Civil Veterinary Department Bihar reports 1936-40 - 1936-1940
Year: 1936
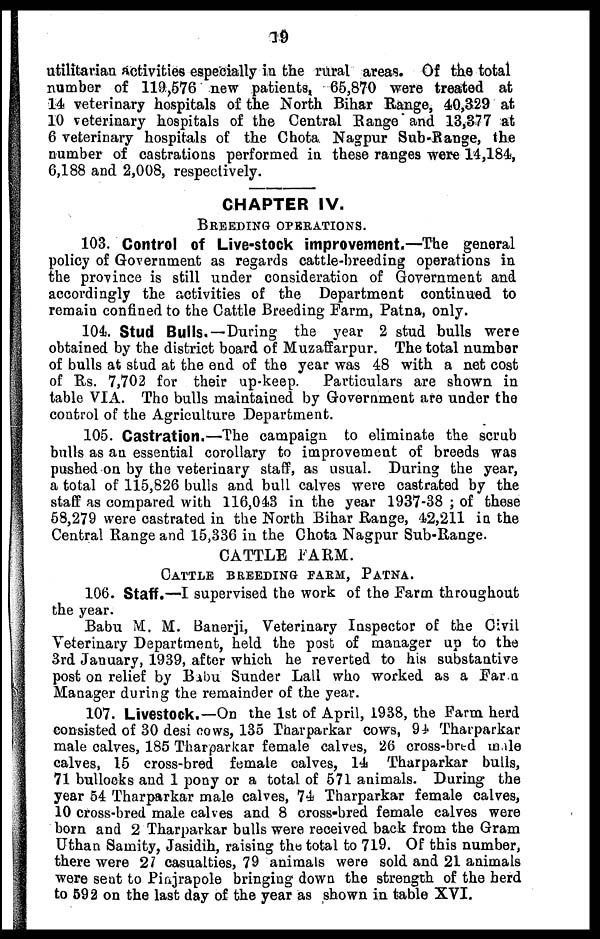
19
utilitarian activities especially in the rural areas. Of the total
number of 119,576 new patients, 65,870 were treated at
14 veterinary hospitals of the North Bihar Range, 40,329 at
10 veterinary hospitals of the Central Range and 13,377 at
6 veterinary hospitals of the Chota Nagpur Sub-Range, the
number of castrations performed in these ranges were 14,184,
6,188 and 2,008, respectively.
CHAPTER IV.
BREEDING OPERATIONS.
103. Control of Live-stock improvement.—The general
policy of Government as regards cattle-breeding operations in
the province is still under consideration of Government and
accordingly the activities of the Department continued to
remain confined to the Cattle Breeding Farm, Patna, only.
104. Stud Bulls.—During the year 2 stud bulls were
obtained by the district board of Muzaffarpur. The total number
of bulls at stud at the end of the year was 48 with a net cost
of Rs. 7,702 for their up-keep.
Particulars are shown in
table VIA. The bulls maintained by Government are under the
control of the Agriculture Department.
105. Castration.—The campaign to eliminate the scrub
bulls as an essential corollary to improvement of breeds was
pushed on by the veterinary staff, as usual. During the year,
a total of 115,826 bulls and bull calves were castrated by the
staff as compared witb 116,043 in the year 1937-38 ; of these
58,279 were castrated in the North Bihar Range, 42,211 in the
Central Range and 15,336 in the Chota Nagpur Sub-Range.
CATTLE FARM.
CATTLE BREEDING FARM, PATNA.
106. Staff.—I supervised the work of the Farm throughout
the year.
Babu M. M. Banerji, Veterinary Inspector of the Civil
Veterinary Department, held the post of manager up to the
3rd January, 1939, after which he reverted to his substantive
post on relief by Babu Sunder Lall who worked as a Farm
Manager during the remainder of the year.
107. Livestock.—On the 1st of April, 1938, the Farm herd
consisted of 30 desi cows, 135 Tharparkar cows, 94 Tharparkar
male calves, 185 Tharparkar female calves, 26 cross-bred male
calves, 15 cross-bred female calves, 14 Tharparkar bulls,
71 bullocks and 1 pony or a total of 571 animals. During the
year 54 Tharparkar male calves, 74 Tharparkar female calves,
10 cross-bred male calves and 8 cross-bred female calves were
born and 2 Tharparkar bulls were received back from the Gram
Uthan Samity, Jasidih, raising the total to 719. Of this number,
there were 27 casualties, 79 animals were sold and 21 animals
were seat to Pinjrapole bringing down the strength of the herd
to 592 on the last day of the year as shown in table XVI.